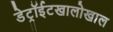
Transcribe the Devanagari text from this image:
डेट्रॉईटखालोखाल